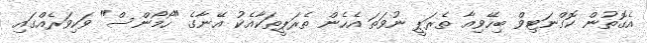
އެގޮތުން ކޮގްނަޓިވް ބިހޭވިއާ ތެރަޕީ ނުވަތަ އެހެން ތެރަޕީތަކާއެކު އޭނާގެ "ހޯމޯންސް" ވަކިވަރެއްގައި